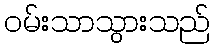
ဝမ်းသာသွားသည်